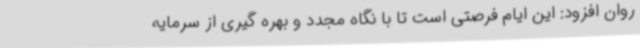
روان افزود: این ایام فرصتی است تا با نگاه مجدد و بهره گیری از سرمایه